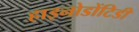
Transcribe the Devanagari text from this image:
हाइनोडोंटिडी